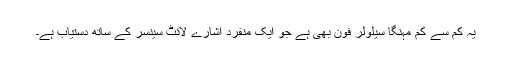
یہ کم سے کم مہنگا سیلولر فون بھی ہے جو ایک منفرد اشارے لائٹ سینسر کے ساتھ دستیاب ہے۔